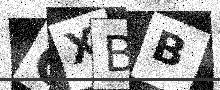
Text: GXBB